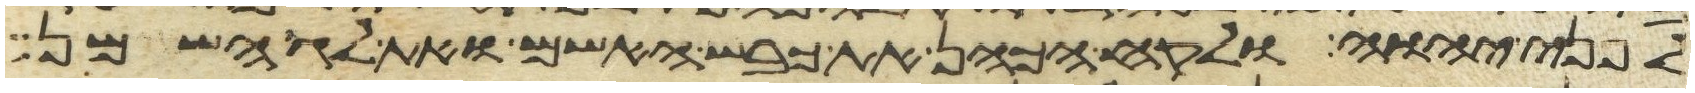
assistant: לפני יהוה ולקח הכהן את כבש האשם ואת לג השמן